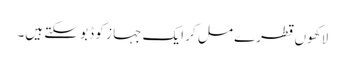
لاکھوں قطرے مل کر ایک جہا ز کو ڈبو سکتے ہیں۔